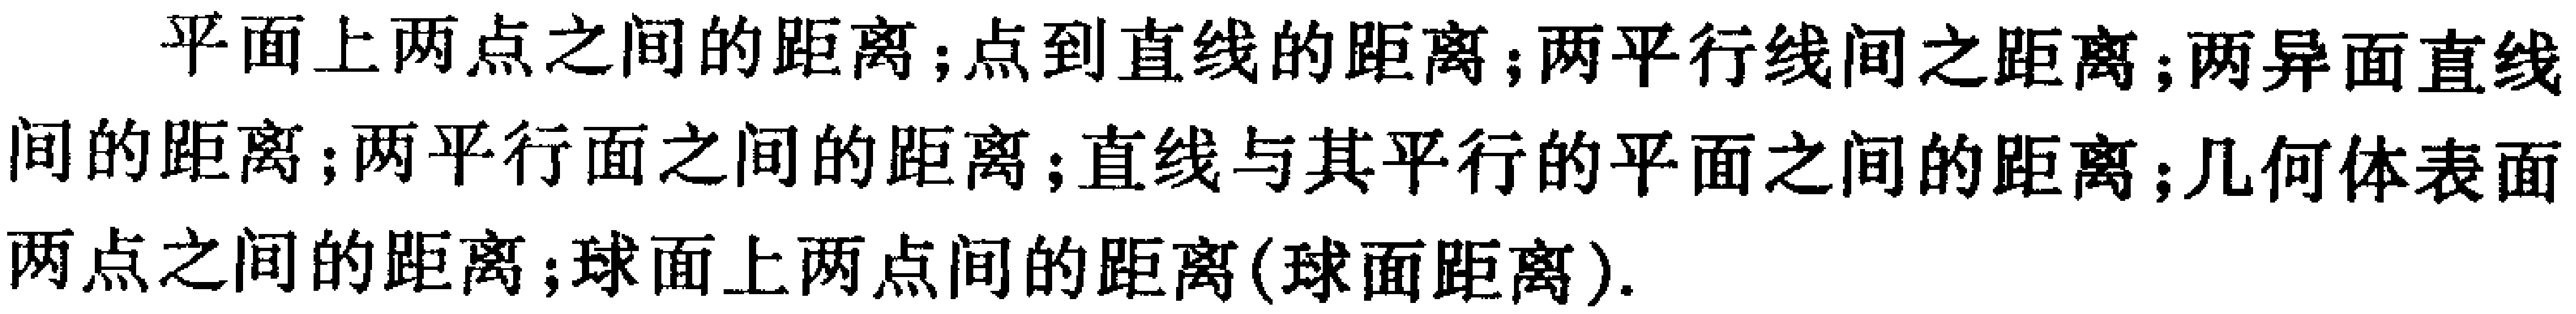
平面上两点之间的距离;点到直线的距离;两平行线间之距离;两异面直线间的距离;两平行面之间的距离;直线与其平行的平面之间的距离;几何体表面两点之间的距离;球面上两点间的距离(球面距离).